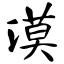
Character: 漠